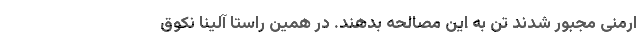
ارمنی مجبور شدند تن به این مصالحه بدهند. در همین راستا آلینا نکوق